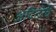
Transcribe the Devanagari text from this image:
अदितीचे